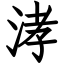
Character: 涍